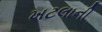
ખટલાની